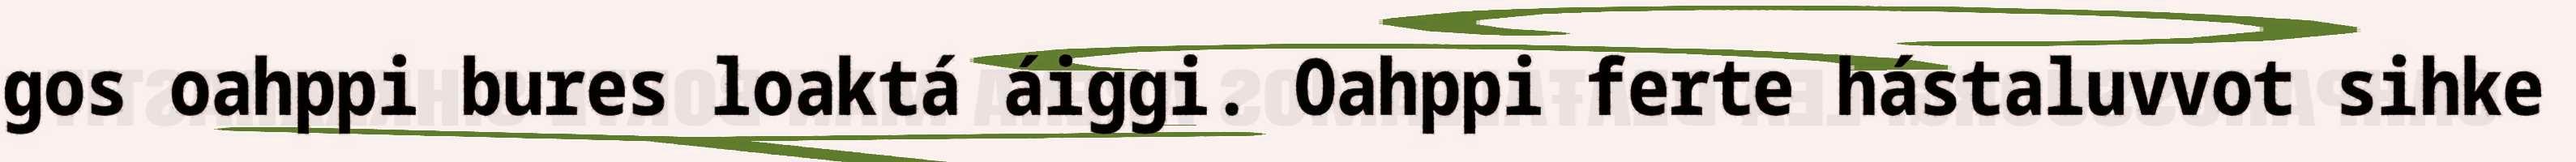
gos oahppi bures loaktá áiggi. Oahppi ferte hástaluvvot sihke